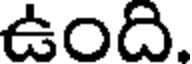
ఉంది.